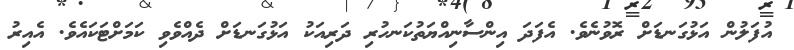
އުފަލުން އަޅުގަނޑަށް ރޮވުނެވެ. އެފަދަ އިންސާނިއްޔަތުކަނހުރި ދަރިއަކު އަޅުގަނޑަށް ދެއްވެވި ކަމަށްޓަކައެވެ. އެއިރު